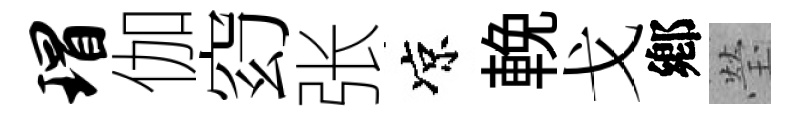
瑁伽𥥆张凉輓戈鄕瑩